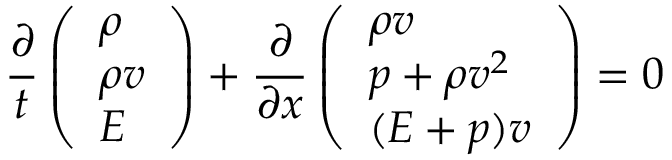
\frac { \partial } { t } \left( \begin{array} { l } { \rho } \\ { \rho v } \\ { E } \end{array} \right) + \frac { \partial } { \partial x } \left( \begin{array} { l } { \rho v } \\ { p + \rho v ^ { 2 } } \\ { ( E + p ) v } \end{array} \right) = 0